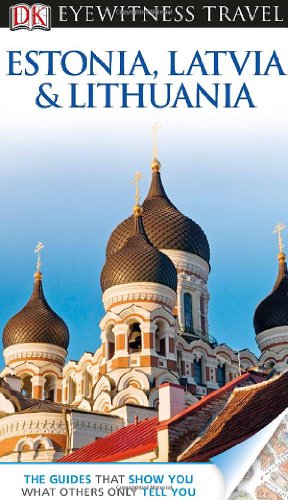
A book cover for DK Eyewitness Travel Guide: Estonia, Latvia, and Lithuania; Jonathan Bousfield; Travel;